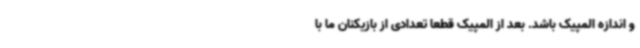
و اندازه المپیک باشد. بعد از المپیک قطعا تعدادی از بازیکنان ما با